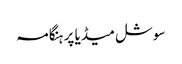
سوشل میڈیا پر ہنگامہ